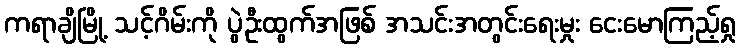
ကရာချိမြို့ သင့်ဂိမ်းကို ပွဲဦးထွက်အဖြစ် အသင်းအတွင်းရေးမှုး ငေးမောကြည့်ရှု